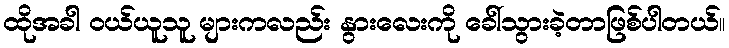
ထိုအခါ ဝယ်ယူသူ များကလည်း နွားလေးကို ခေါ်သွားခဲ့တာဖြစ်ပါတယ်။